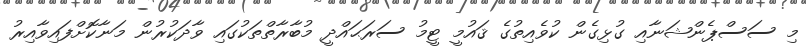
މި ސަސްޕެންޝަނާއި ގުޅިގެން ކުވެއިތުގެ ޤައުމީ ޓީމު ސަރަޙައްދީ މުބާރާތްތަކުގައި ވާދަކުރުން މަނާކޮށްފައިވާއިރު